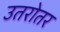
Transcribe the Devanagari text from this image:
उतरोतर